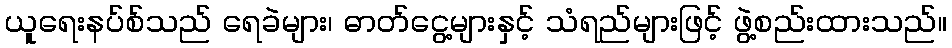
ယူရေးနပ်စ်သည် ရေခဲများ၊ ဓာတ်ငွေ့များနှင့် သံရည်များဖြင့် ဖွဲ့စည်းထားသည်။